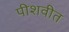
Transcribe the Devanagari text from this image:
पीशवीत